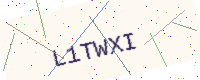
Text: L1TWXI